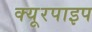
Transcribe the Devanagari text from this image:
क्‍यूरपाइप